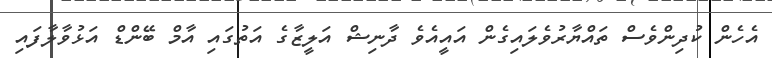
އެހެން ކުދިންވެސް ތައްޔާރުވެލައިގެން އައީއެވެ ދާނިޝް އަލީޒާގެ އަތުގައި އާމް ބޭންޑް އަޅުވާލާފައި